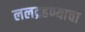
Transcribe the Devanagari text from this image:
ललद्रहण्याचा